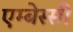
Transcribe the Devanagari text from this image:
एम्बेस्सी